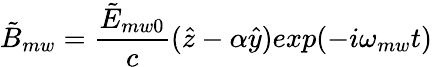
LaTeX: {\tilde{B}_{mw}}=\frac{\tilde{E}_{mw0}}{c}(\hat{z}-\alpha\hat{y})exp(-i\omega_{mw}t)